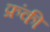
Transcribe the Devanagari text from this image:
फ्रंकी